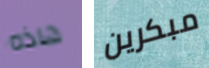
هاذه مبكرين